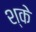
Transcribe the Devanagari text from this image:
श्के